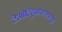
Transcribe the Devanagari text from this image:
टेओटिहुआकानपासून